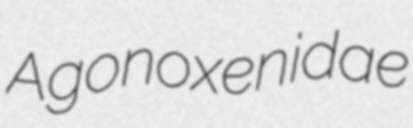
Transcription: Agonoxenidae